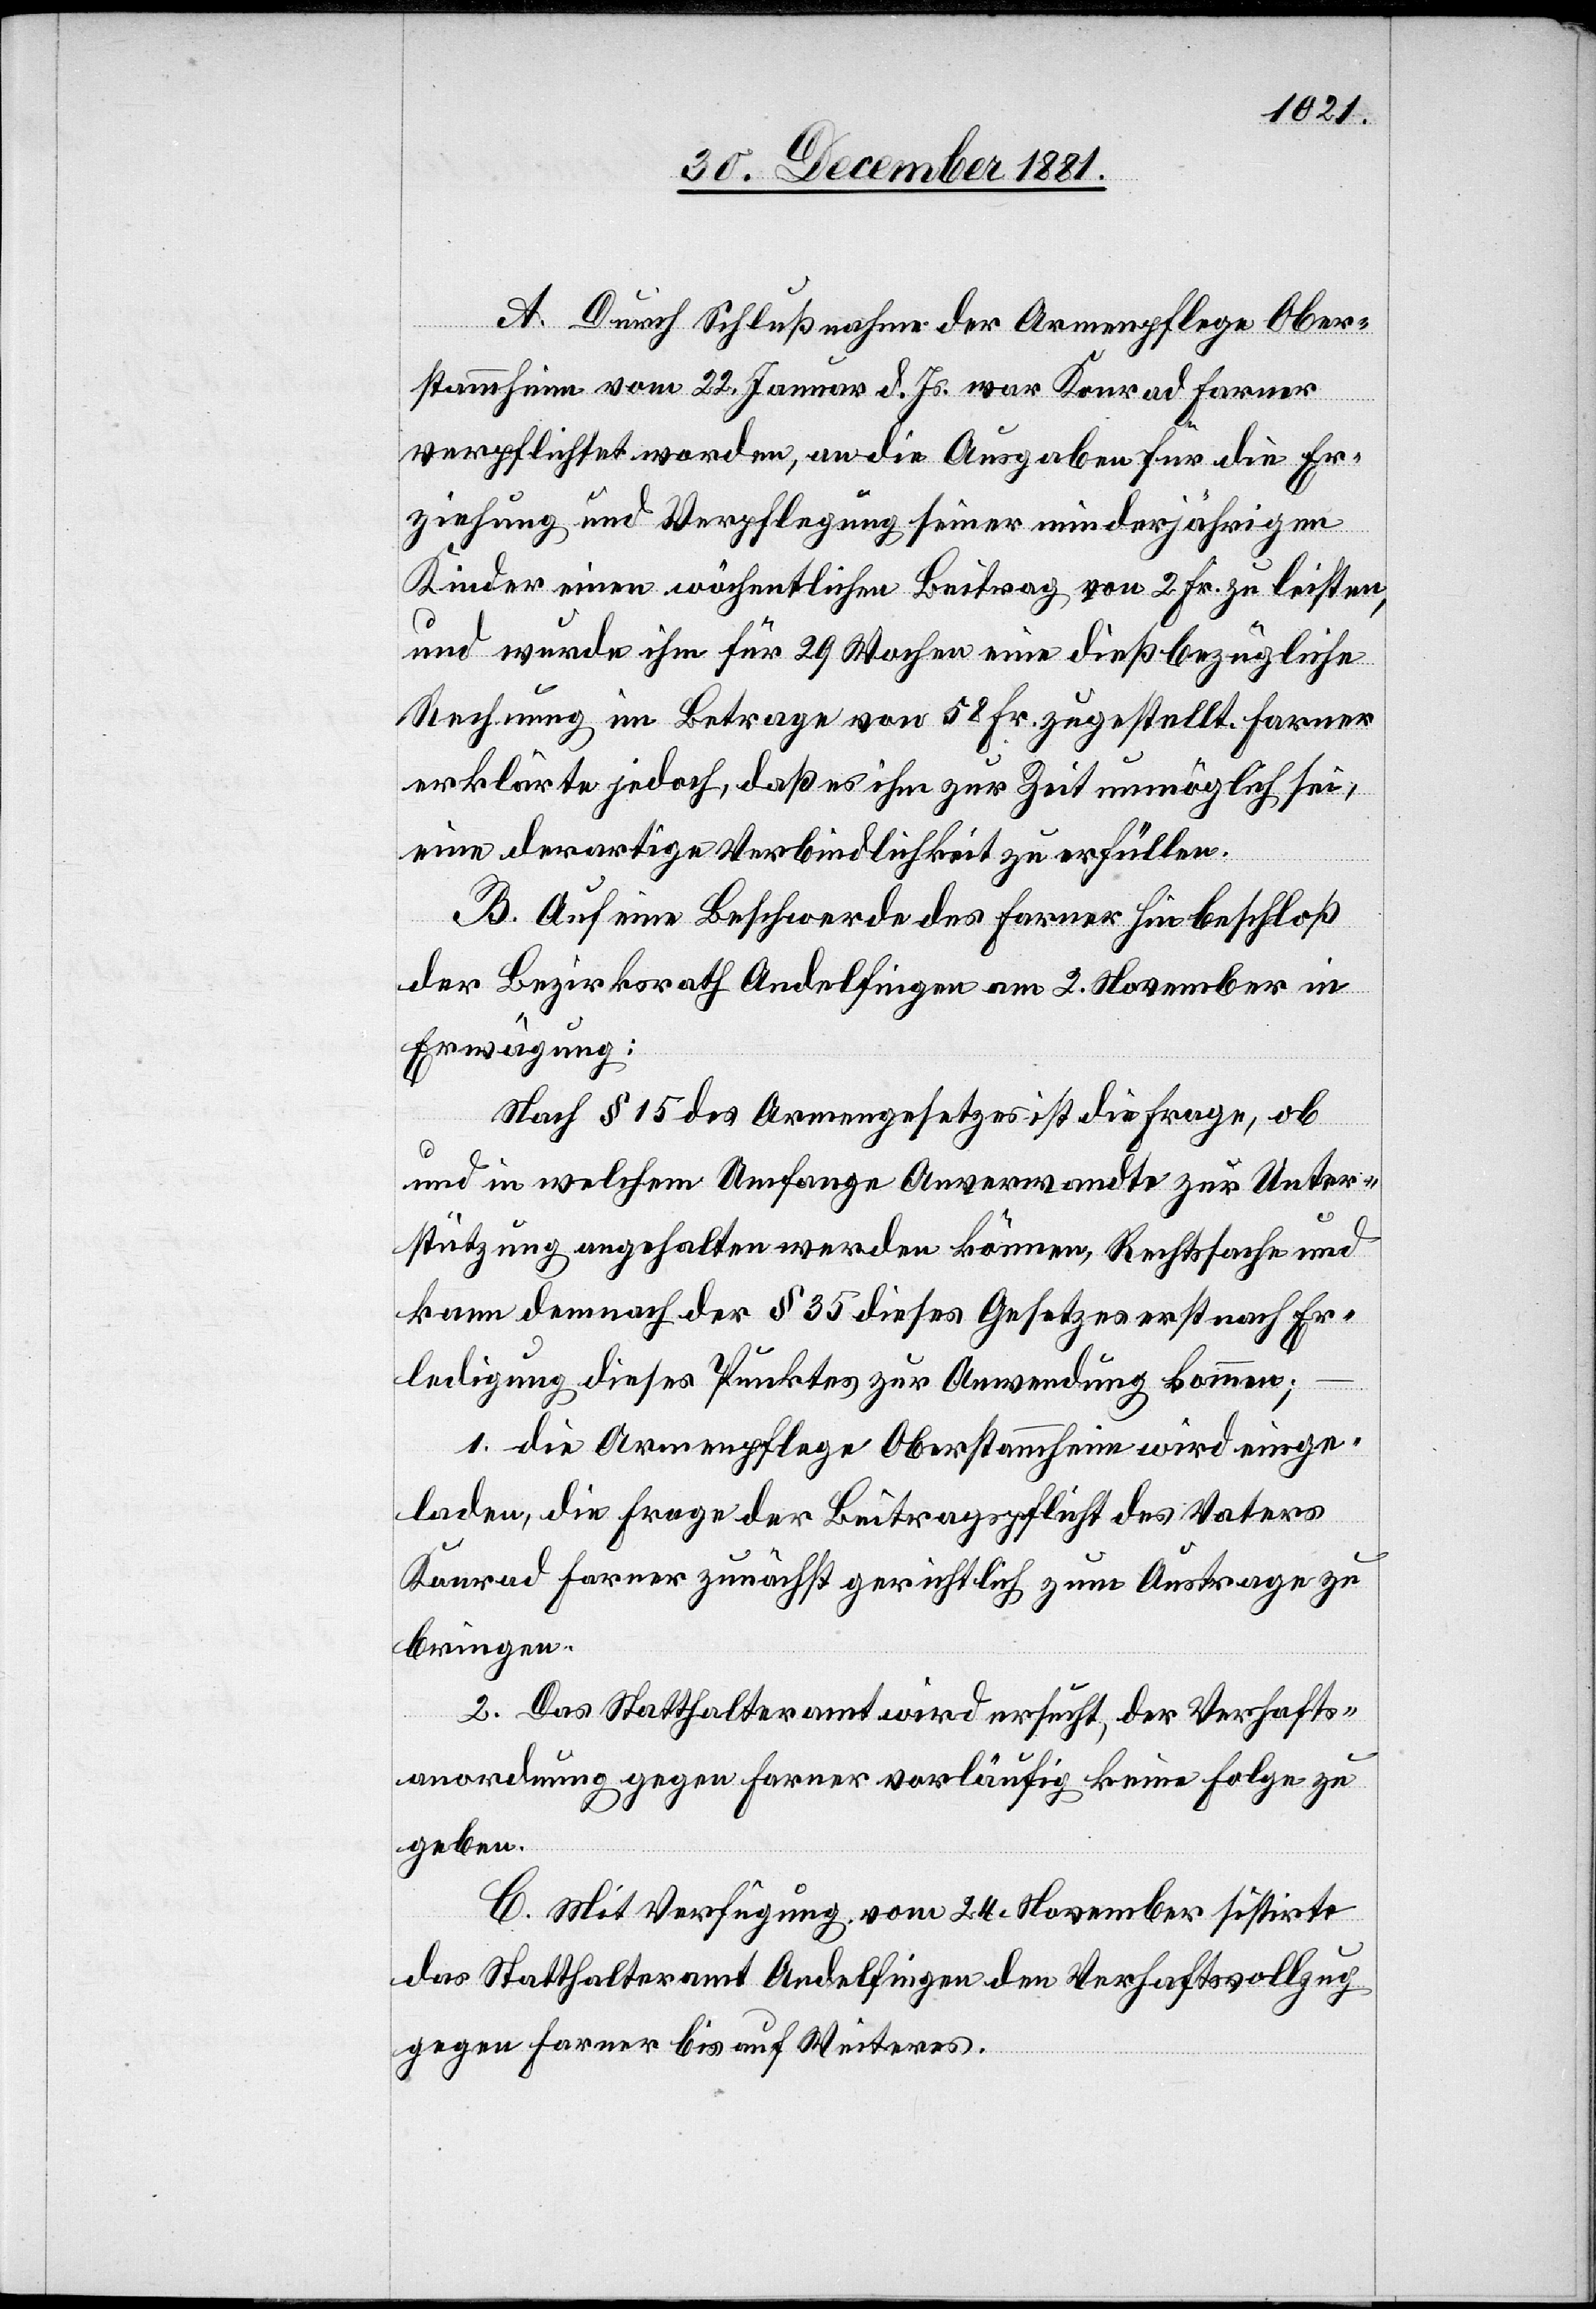
A. Durch Schlußnahme der Armenpflege Ober¬
stammheim vom 22. Januar d. Js. war Konrad Farner
verpflichtet worden, an die Ausgaben für die Er¬
ziehung und Verpflegung seiner minderjährigen
Kinder einen wöchentlichen Beitrag von 2 Fr. zu leisten,
und wurde ihm für 29 Wochen eine dießbezügliche
Rechnung im Betrage von 58 Fr. zugestellt. Farner
erklärte jedoch, daß es ihm zur Zeit unmöglich sei,
eine derartige Verbindlichkeit zu erfüllen.
B. Auf eine Beschwerde des Farner hin beschloß
der Bezirksrath Andelfingen am 2. November in
Erwägung:
Nach § 15 des Armengesetzes ist die Frage, ob
und in welchem Umfange Anverwandte zur Unter¬
stützung angehalten werden können, Rechtssache und
kann demnach der § 35 dieses Gesetzes erst nach Er¬
ledigung dieses Punktes zur Anwendung kommen;
1. die Armenpflege Oberstammheim wird einge¬
laden, die Frage der Beitragspflicht des Vaters
Konrad Farner zunächst gerichtlich zum Austrage zu
bringen.
2. Das Statthalteramt wird ersucht, der Verhafts¬
anordnung gegen Farner vorläufig keine Folge zu
geben.
C. Mit Verfügung vom 24. November sistirte
das Statthalteramt Andelfingen den Verhaftsvollzug
gegen Farner bis auf Weiteres.